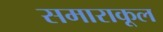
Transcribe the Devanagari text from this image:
समाराकूल